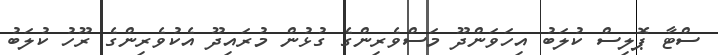
ސްޓާ ޕޮލިސް ކުލަބު އިހަވަންދޫ މަސްވެރިންގެ ގުޅުން މުރައިދޫ އެކުވެރިންގެ ރޫހު ކުލަބު